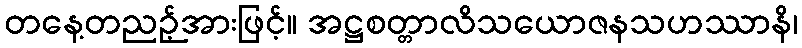
တနေ့တညဉ့်အားဖြင့်။ အဋ္ဌစတ္တာလိသယောဇနသဟဿာနိ၊